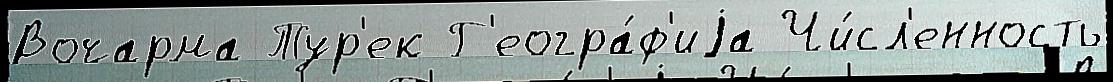
Вочарма Тур'ек Г'еогра́ф'иjа Чи́сл'енность